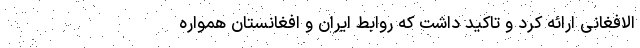
الافغانی ارائه کرد و تاکید داشت که روابط ایران و افغانستان همواره